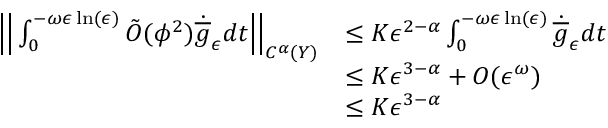
\begin{array} { r l } { \Big | \Big | \int _ { 0 } ^ { - \omega \epsilon \ln ( \epsilon ) } \tilde { O } ( \phi ^ { 2 } ) \dot { \overline { { g } } } _ { \epsilon } d t \Big | \Big | _ { C ^ { \alpha } ( Y ) } } & { \leq K \epsilon ^ { 2 - \alpha } \int _ { 0 } ^ { - \omega \epsilon \ln ( \epsilon ) } \dot { \overline { { g } } } _ { \epsilon } d t } \\ & { \leq K \epsilon ^ { 3 - \alpha } + O ( \epsilon ^ { \omega } ) } \\ & { \leq K \epsilon ^ { 3 - \alpha } } \end{array}